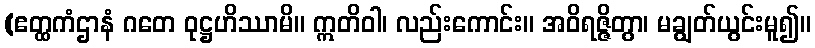
(ဧတ္ထကံဌာနံ ဂတေ ဝုဋ္ဌဟိဿာမိ။ ဣတိဝါ၊ လည်းကောင်း။ အဝိရဇ္ဇိတွာ၊ မချွတ်ယွင်းမူ၍။